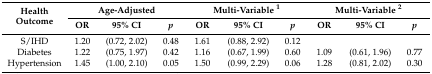
<table><thead><tr><td rowspan="2"><b>Health Outcome</b></td><td colspan="3"><b>Age-Adjusted</b></td><td colspan="3"><b>Multi-Variable <sup>1</sup></b></td><td colspan="3"><b>Multi-Variable <sup>2</sup></b></td></tr><tr><td><b>OR</b></td><td><b>95% CI</b></td><td><b><i>p</i></b></td><td><b>OR</b></td><td><b>95% CI</b></td><td><b><i>p</i></b></td><td><b>OR</b></td><td><b>95% CI</b></td><td><b><i>p</i></b></td></tr></thead><tbody><tr><td>S/IHD</td><td>1.20</td><td>(0.72, 2.02)</td><td>0.48</td><td>1.61</td><td>(0.88, 2.92)</td><td>0.12</td><td></td><td></td><td></td></tr><tr><td>Diabetes</td><td>1.22</td><td>(0.75, 1.97)</td><td>0.42</td><td>1.16</td><td>(0.67, 1.99)</td><td>0.60</td><td>1.09</td><td>(0.61, 1.96)</td><td>0.77</td></tr><tr><td>Hypertension</td><td>1.45</td><td>(1.00, 2.10)</td><td>0.05</td><td>1.50</td><td>(0.99, 2.29)</td><td>0.06</td><td>1.28</td><td>(0.81, 2.02)</td><td>0.30</td></tr></tbody></table>